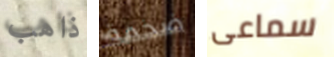
ذاهب ضخمة سماعى